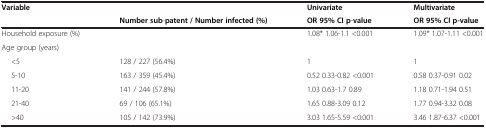
<table><thead><tr><td><b>Variable</b></td><td><b> </b></td><td><b>Univariate</b></td><td><b>Multivariate</b></td></tr><tr><td><b> </b></td><td><b>Number sub-patent / Number infected (%)</b></td><td><b>OR 95% CI p-value</b></td><td><b>OR 95% CI p-value</b></td></tr></thead><tbody><tr><td>Household exposure (%)</td><td> </td><td>1.08* 1.06-1.1 &lt;0.001</td><td>1.09* 1.07-1.11 &lt;0.001</td></tr><tr><td>Age group (years)</td><td> </td><td> </td><td> </td></tr><tr><td>&lt;5</td><td>128 / 227 (56.4%)</td><td>1</td><td>1</td></tr><tr><td>5-10</td><td>163 / 359 (45.4%)</td><td>0.52 0.33-0.82 &lt;0.001</td><td>0.58 0.37-0.91 0.02</td></tr><tr><td>11-20</td><td>141 / 244 (57.8%)</td><td>1.03 0.63-1.7 0.89</td><td>1.18 0.71-1.94 0.51</td></tr><tr><td>21-40</td><td>69 / 106 (65.1%)</td><td>1.65 0.88-3.09 0.12</td><td>1.77 0.94-3.32 0.08</td></tr><tr><td>&gt;40</td><td>105 / 142 (73.9%)</td><td>3.03 1.65-5.59 &lt;0.001</td><td>3.46 1.87-6.37 &lt;0.001</td></tr></tbody></table>